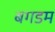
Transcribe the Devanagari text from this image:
बगडम